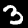
Label: 3